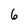
Character: 6